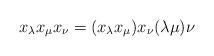
LaTeX: \begin{align*}x_{\lambda} x_{\mu}x_{\nu} = (x_{\lambda} x_{\mu})x_{\nu} (\lambda\mu)\nu\end{align*}